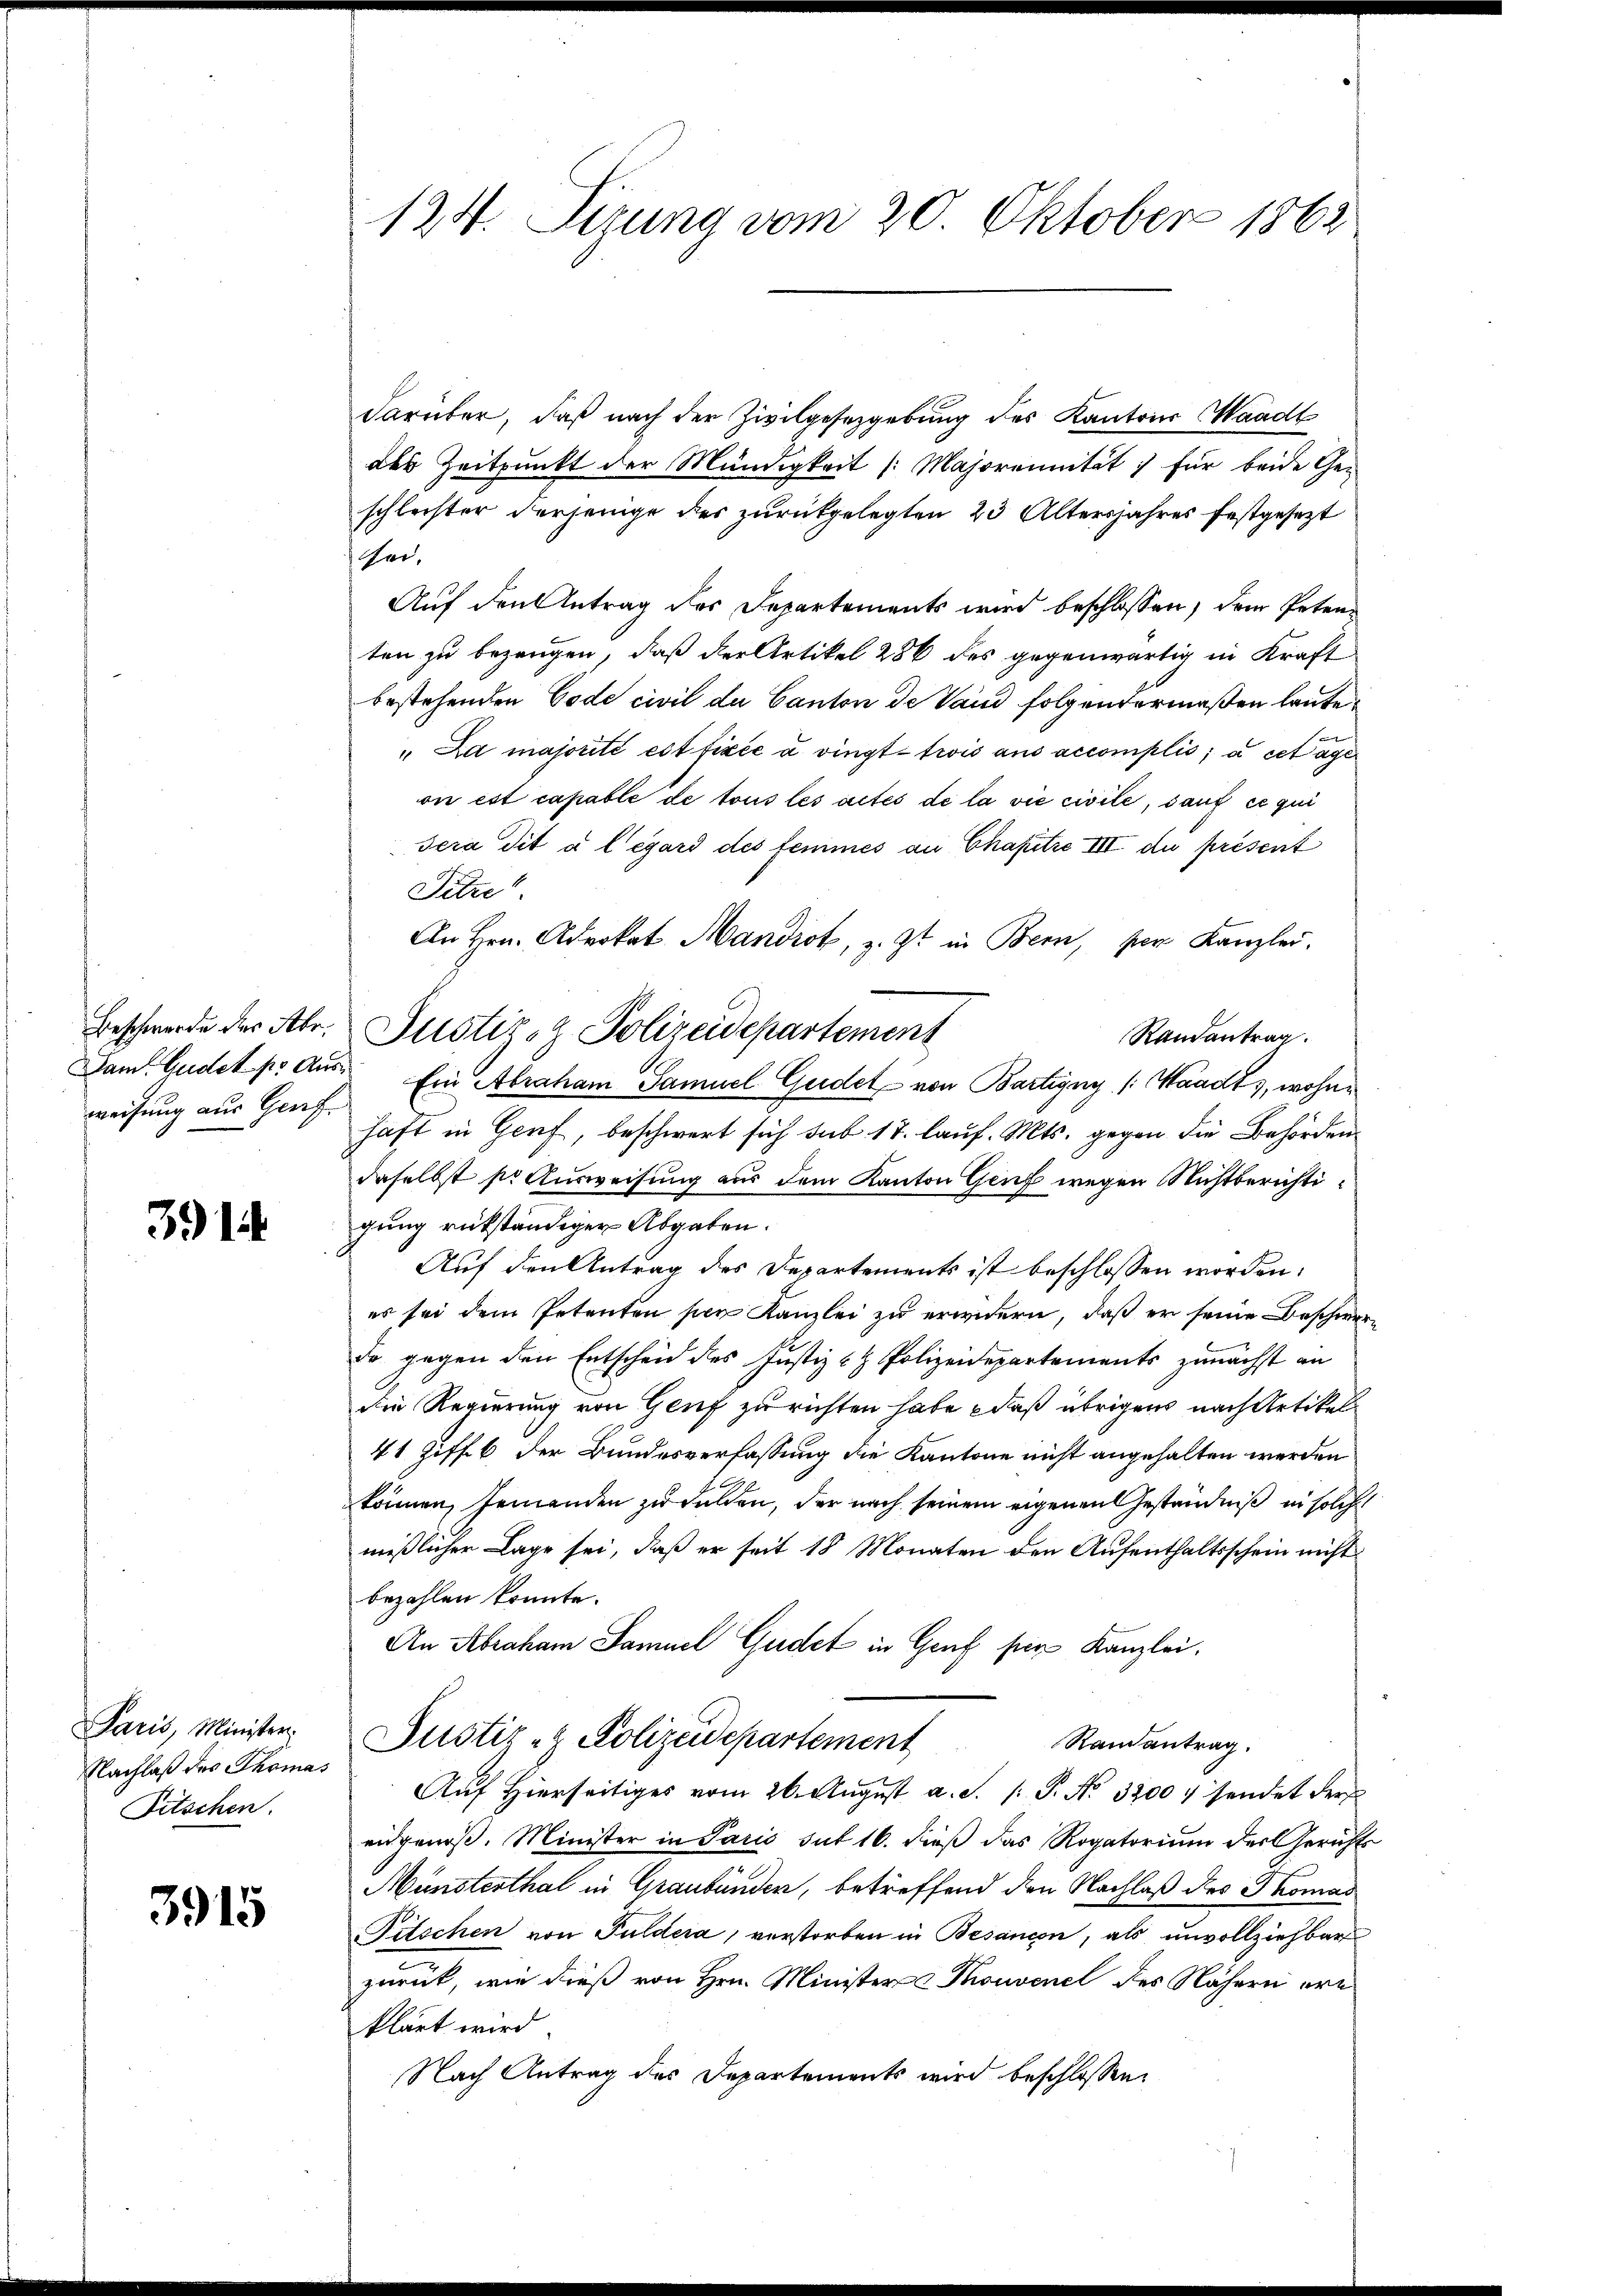
Beschwerde der Abr
weisung aus Genf

3914

Paris, Minister.
Nachlaß des Thomas
Pitschen.

3915

124. Sizung vom 20. Oktober 1862

darüber, daß nach der Zivilgesetzgebung des Kantons Waadt
des Zeitpunkt der Mündigkeit /: Majorennität für beide Ge-
schlechter derjenige des zurückgelegten 23 Altersjahres festgesezt
hre,
Auf den Antrag des Departements wird beschlossen, dem Petenten zu bezeugen, daß der Artikel 286 des gegenwärtig in Kraft
bestehenden Code civil du Canton de Vaud folgendermaßen laute
" Da majorité est fixée à vingt tiis aus accomplis, à cet age
on est capable de tous les actes de la vie civile, sauf ce qui
Sera dit à l’égard des femmes an Chapitre III du présent
Pitze
An Hrn. Advokat Mandiot, z. Zt. in Bern, per Kanzlei.
Justiz- & Polizeidepartement
Randantrag.
Sam Gudet. pr. Aus Ein Abraham Samuel Gudet von Bartigny (Waadt, wohnhaft in Genf, beschwert sich sub 17. lauf. Mts. gegen die Behördendaselbst pr Ausweisung aus dem Kanton Genf wegen Nichtberichtigung rükständiger Abgaben.
Auf den Antrag des Departements ist beschlossen worden.
es sei dem Petenten per Kanzlei zu erwidern, daß er seine Beschwerde gegen den Entscheid des Justiz & Polizeidepartements zunächst an
die Regierung von Genf zu richten habe, daß übrigen nach Artikel
41 Ziffel der Bundesverfassung die Kantone nicht angehalten werden
können, Jemanden zu Felden, der nach seinem eigenen Geständniß in solche
mißlicher Lage sei, daß er seit 18 Monaten den Aufenthaltsschein nicht
bezahlen könnte.
An Abraham Samuel Gudet in Genf per Kanzlei.
Justiz- & Polizeidepartement
Randantrag.
Aŭf Hierseitiges vom 26. Aŭgŭst a. S. 1: P. No. 3200. sendet der
eidgenoß. Minister in Paris sut 16. dieß das Rogatorium der Gerichts
Münsterthal in Graubünden, betreffend den Nachlaß des Thomas
Filschen von Puldera, verstorben in Besangen, als unvollziehbars
zurück, wie dieß von Hrn. Minister Thouvenel des Nähern erklärt wird.
Nach Antrag des Departements wird beschlossen,